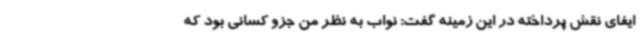
ایفای نقش پرداخته در این زمینه گفت: نواب به نظر من جزو کسانی بود که